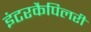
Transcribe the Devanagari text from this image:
इंटरकैपिलरी